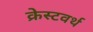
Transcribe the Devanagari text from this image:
क्रेस्टवर्थ